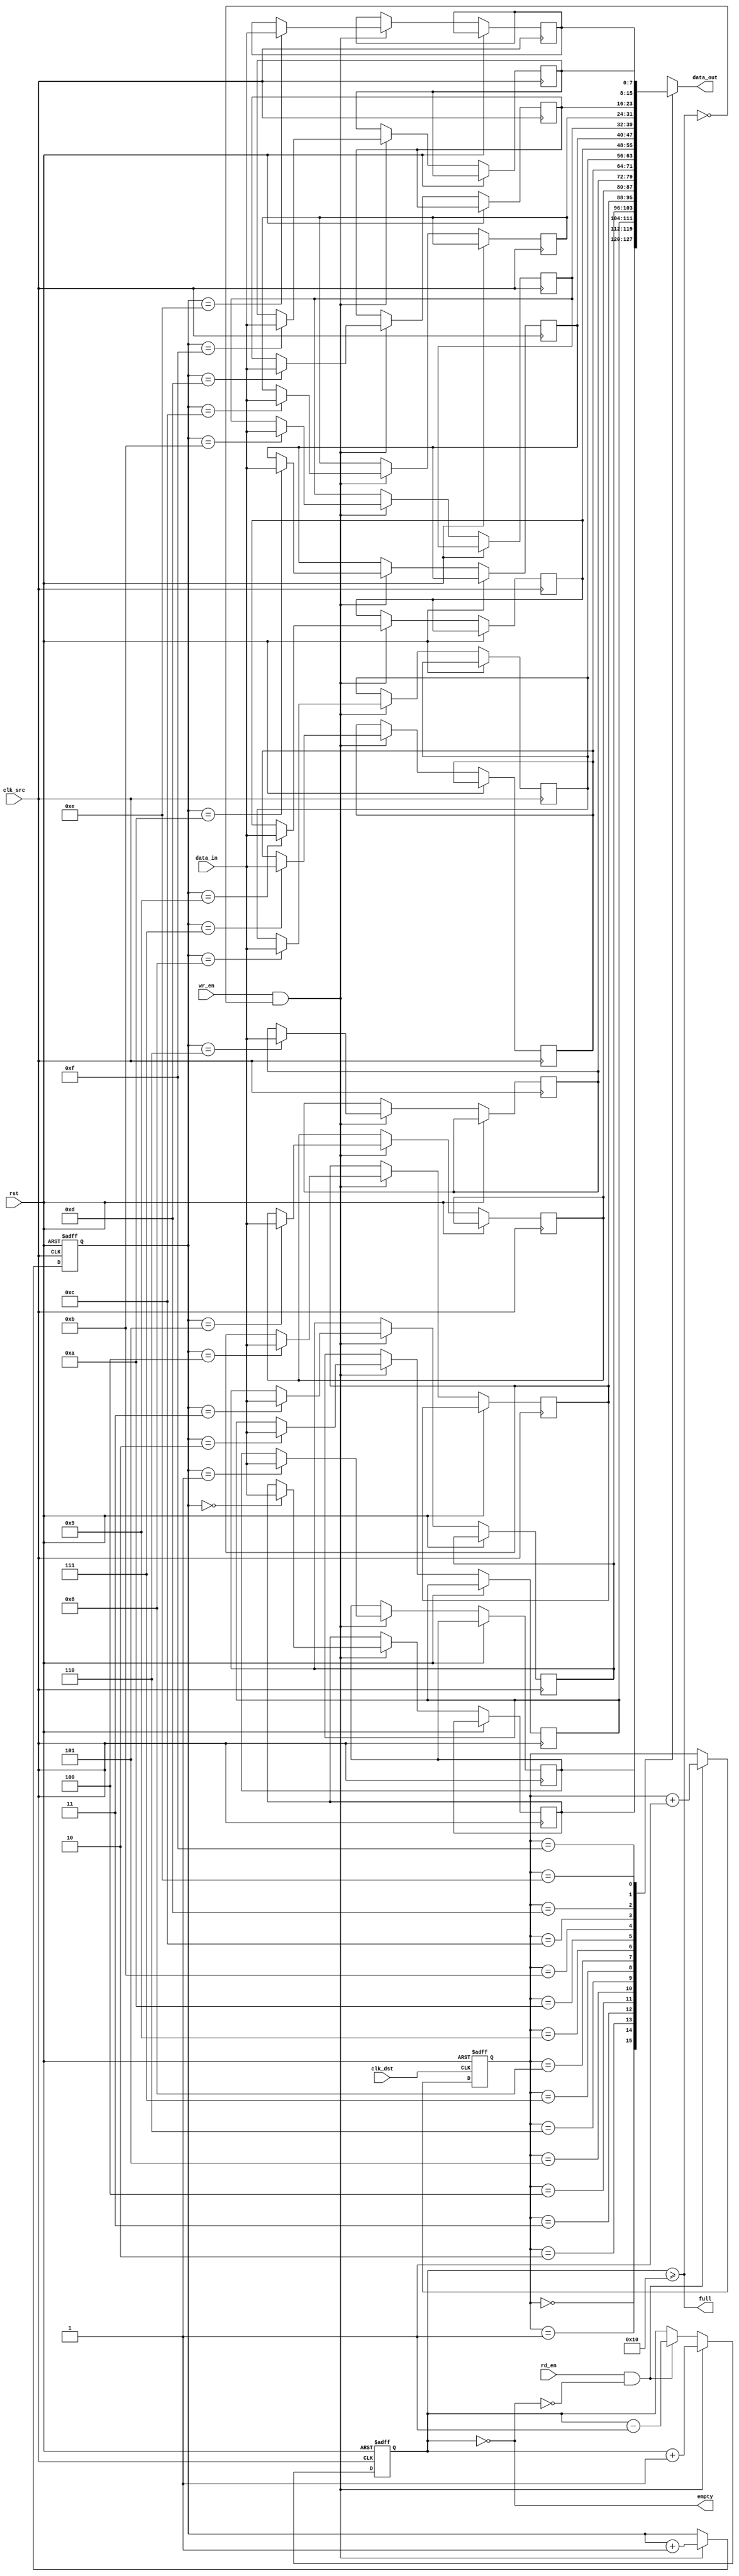
module fifo_sync #(
    parameter DATA_WIDTH = 8,   // Width of the data
    parameter FIFO_DEPTH = 16    // Depth of the FIFO
)(
    input wire clk_src,          // Source clock
    input wire clk_dst,          // Destination clock
    input wire rst,              // Asynchronous reset
    input wire wr_en,            // Write enable signal
    input wire rd_en,            // Read enable signal
    input wire [DATA_WIDTH-1:0] data_in, // Data input
    output wire [DATA_WIDTH-1:0] data_out, // Data output
    output wire full,            // FIFO full flag
    output wire empty            // FIFO empty flag
);

    // Internal signals
    reg [DATA_WIDTH-1:0] fifo_mem [0:FIFO_DEPTH-1]; // FIFO memory
    reg [clog2(FIFO_DEPTH)-1:0] wr_ptr;             // Write pointer
    reg [clog2(FIFO_DEPTH)-1:0] rd_ptr;             // Read pointer
    reg [clog2(FIFO_DEPTH):0] fifo_count;            // FIFO count

    // Function to calculate log2
    function integer clog2(input integer num);
        begin
            num = num - 1;
            for (clog2 = 0; num > 0; clog2 = clog2 + 1)
                num = num >> 1;
        end
    endfunction

    // Write operation in source clock domain
    always @(posedge clk_src or posedge rst) begin
        if (rst) begin
            wr_ptr <= 0;
        end else if (wr_en && !full) begin
            fifo_mem[wr_ptr] <= data_in;  // Write data to FIFO
            wr_ptr <= wr_ptr + 1;         // Increment write pointer
        end
    end

    // Read operation in destination clock domain
    always @(posedge clk_dst or posedge rst) begin
        if (rst) begin
            rd_ptr <= 0;
        end else if (rd_en && !empty) begin
            rd_ptr <= rd_ptr + 1;         // Increment read pointer
        end
    end

    // FIFO count logic
    always @(posedge clk_src or posedge rst) begin
        if (rst) begin
            fifo_count <= 0;
        end else if (wr_en && !full) begin
            fifo_count <= fifo_count + 1; // Increment count on write
        end else if (rd_en && !empty) begin
            fifo_count <= fifo_count - 1; // Decrement count on read
        end
    end

    // Full and empty flags
    assign full = (fifo_count >= FIFO_DEPTH);   // Full condition
    assign empty = (fifo_count == 0);            // Empty condition
    assign data_out = fifo_mem[rd_ptr];          // Read data output

endmodule